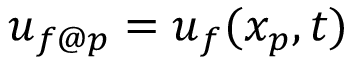
\boldsymbol { u } _ { f @ p } = \boldsymbol { u } _ { f } ( \boldsymbol { x _ { p } } , t )